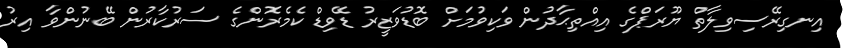
އިނގިރޭސިވިލާތް ޔޫރަޕްގެ އިއްތިޙާދުން ވަކިވުމަށް ބޮޑުވަޒީރު ޑޭވިޑް ކެމެރޮންގެ ސަރުކާރުން ބޭނުންވާ އިރު